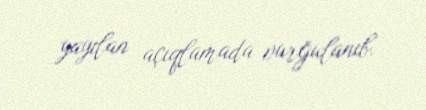
yayılan açıqlamada vurğulanıb.